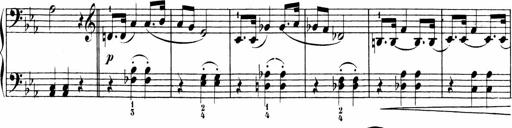
Title: Sonatinen Op.47, 98 und 136, nebst 6 Liedersonatinen
Composer: Carl Reinecke